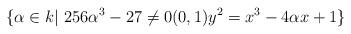
LaTeX: \begin{align*}\{\alpha\in k|\ 256\alpha^3-27\neq 0 (0,1) y^2=x^3-4\alpha x+1\}\end{align*}